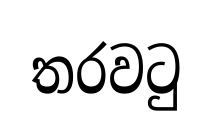
තරවටු